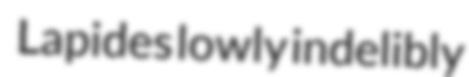
Lapides lowly indelibly